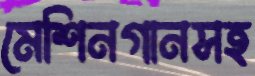
মেশিনগানসহ